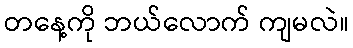
တနေ့ကို ဘယ်လောက် ကျမလဲ။